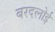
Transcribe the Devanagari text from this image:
बरदलोई